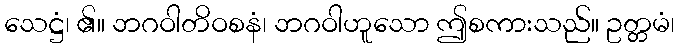
သေဋ္ဌံ၊ ၏။ ဘဂဝါတိဝစနံ၊ ဘဂဝါဟူသော ဤစကားသည်။ ဥတ္တမံ၊